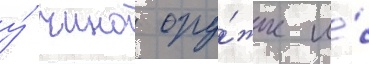
у́ чино ору́жие и́